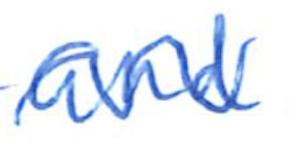
Text: and
Cross-out: wave
Writing tool: ballpoint